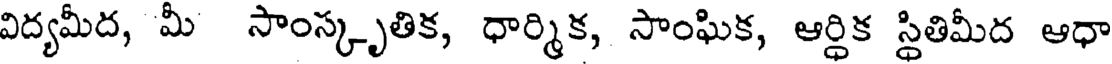
విద్యమీద, మీ సాంస్కృతిక, ధార్మిక, సాంఘిక, ఆర్ధిక స్థితిమీద ఆధా